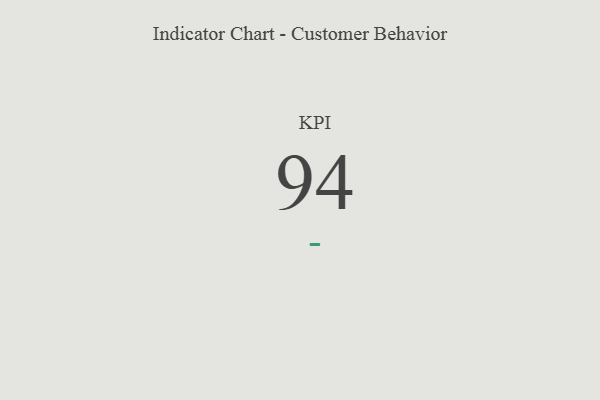
{"axis": {"x": "KPI", "y": "Value"}, "legend": [""], "data": [{"x": "KPI", "y": 94, "type": ""}]}